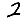
Digit: 2